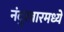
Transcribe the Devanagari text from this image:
नंदुरबारमध्ये